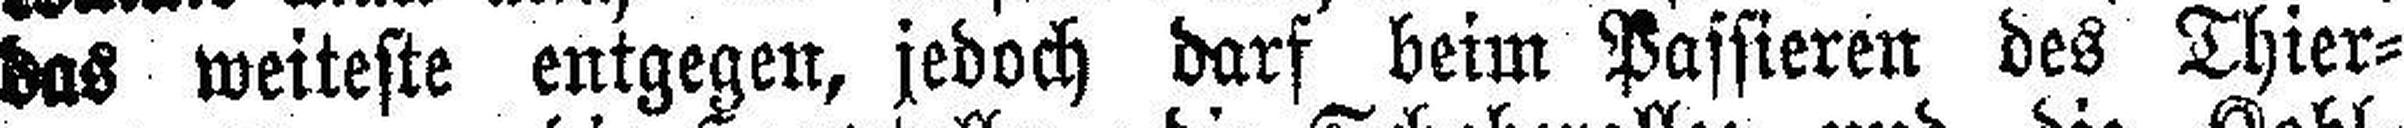
das weiteste entgegen, jedoch darf beim Passieren des Thier¬